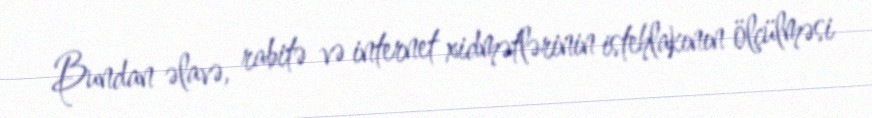
Bundan əlavə, rabitə və internet xidmətlərinin istehlakının ölçülməsi